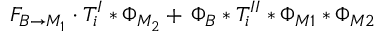
F _ { B \to M _ { 1 } } \cdot T _ { i } ^ { I } \ast \Phi _ { M _ { 2 } } + \, \Phi _ { B } \ast T _ { i } ^ { I I } \ast \Phi _ { M 1 } \ast \Phi _ { M 2 }